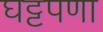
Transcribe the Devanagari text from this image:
घट्टपणा